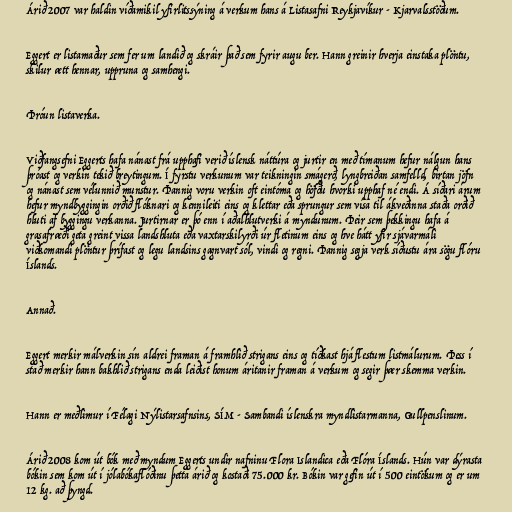
Árið 2007 var haldin víðamikil yfirlitssýning á verkum hans á Listasafni Reykjavíkur - Kjarvalsstöðum.

Eggert er listamaður sem fer um landið og skráir það sem fyrir augu ber. Hann greinir hverja einstaka plöntu,
skilur ætt hennar, uppruna og samhengi.

Þróun listaverka.

Viðfangsefni Eggerts hafa nánast frá upphafi verið íslensk náttúra og jurtir en með tímanum hefur nálgun hans
þróast og verkin tekið breytingum. Í fyrstu verkunum var teikningin smágerð, lyngbreiðan samfelld, birtan jöfn
og nánast sem vélunnið munstur. Þannig voru verkin oft eintóma og höfðu hvorki upphaf né endi. Á síðari árum
hefur myndbyggingin orðið flóknari og kennileiti eins og klettar eða sprungur sem vísa til ákveðinna staða orðið
hluti af byggingu verkanna. Jurtirnar er þó enn í aðalhlutverki á myndunum. Þeir sem þekkingu hafa á
grasafræði geta greint vissa landshluta eða vaxtarskilyrði úr fletinum eins og hve hátt yfir sjávarmáli
viðkomandi plöntur þrífast og legu landsins gagnvart sól, vindi og regni. Þannig segja verk síðustu ára sögu flóru
Íslands.

Annað.

Eggert merkir málverkin sín aldrei framan á framhlið strigans eins og tíðkast hjá flestum listmálurum. Þess í
stað merkir hann bakhlið strigans enda leiðist honum áritanir framan á verkum og segir þær skemma verkin.

Hann er meðlimur í Félagi Nýlistarsafnsins, SÍM - Sambandi íslenskra myndlistarmanna, Gullpenslinum.

Árið 2008 kom út bók með myndum Eggerts undir nafninu Flora Islandica eða Flóra Íslands. Hún var dýrasta
bókin sem kom út í jólabókaflóðinu þetta árið og kostaði 75.000 kr. Bókin var gefin út í 500 eintökum og er um
12 kg. að þyngd.